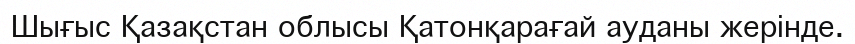
Шығыс Қазақстан облысы Қатонқарағай ауданы жерінде.